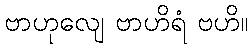
ဗာဟုလျေ ဗာဟိရံ ဗဟိ။